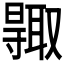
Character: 𠮊